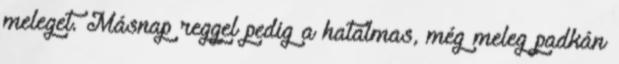
meleget. Másnap reggel pedig a hatalmas, még meleg padkán